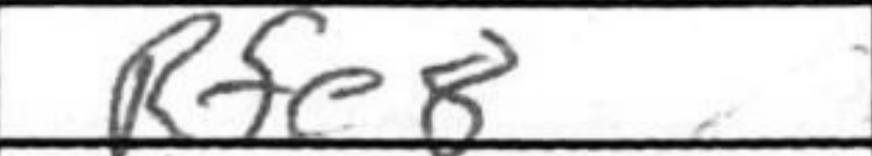
Transcription: Rfe8